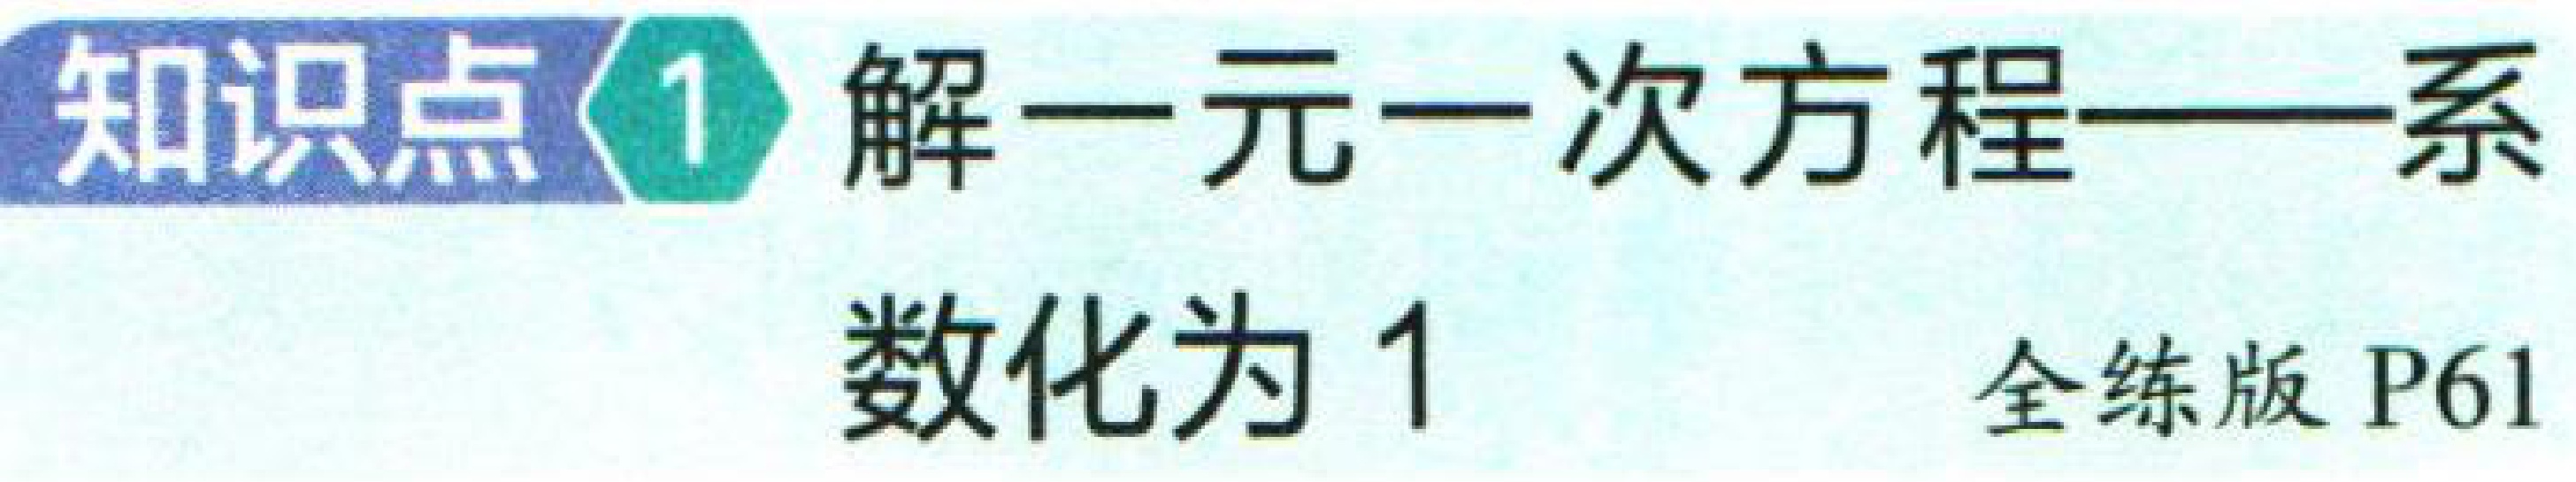
知识点\(1\) 解一元一次方程——系

数化为 \(1\)

全练版 P61